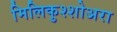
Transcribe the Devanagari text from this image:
मिलिकुश्शोअरा